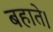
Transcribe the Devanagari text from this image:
बहाते।